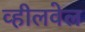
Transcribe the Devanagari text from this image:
व्हीलवेल